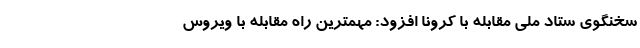
سخنگوی ستاد ملی مقابله با کرونا افزود: مهمترین راه مقابله با ویروس